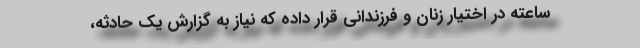
ساعته در اختیار زنان و فرزندانی قرار داده که نیاز به گزارش یک حادثه،